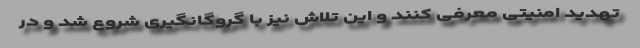
تهدید امنیتی معرفی کنند و این تلاش نیز با گروگانگیری شروع شد و در